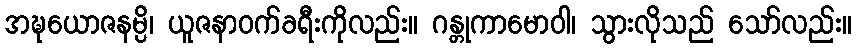
အဍ္ဎယောဇနမ္ပိ၊ ယူဇနာဝက်ခရီးကိုလည်း။ ဂန္တုကာမောဝါ၊ သွားလိုသည် သော်လည်း။